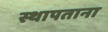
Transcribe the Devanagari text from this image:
स्थापताना